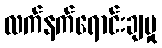
လက်နက်ရောင်းချမှု